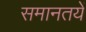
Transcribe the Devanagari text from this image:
समानतयें